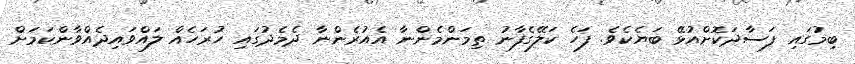
ބިމުގައި ފަސާދަކޮށްއުޅޭ ބަޔެކެވެ. ފަހެ ކަލޭގެފާނު ތިމަންމެންނާ އެއުރެންނާ ދެމެދުގައި ހުރަހެއް ލައްވައިދެއްވާންކަމަށް